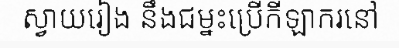
ស្វាយរៀង នឹងជម្នះប្រើកីឡាករនៅ